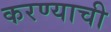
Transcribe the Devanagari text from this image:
करण्याची